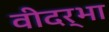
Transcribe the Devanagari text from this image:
वीदर्भा